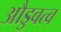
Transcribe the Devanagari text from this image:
औडुवत्व